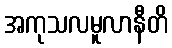
အကုသလမူလာနီတိ